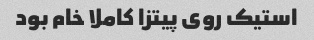
استیک روی پیتزا کاملا خام بود